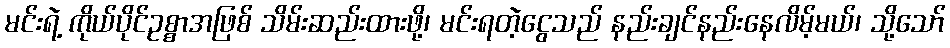
မင်းရဲ့ ကိုယ်ပိုင်ဥစ္စာအဖြစ် သိမ်းဆည်းထားဖို့၊ မင်းရတဲ့ငွေသည် နည်းချင်နည်းနေလိမ့်မယ်၊ သို့သော်